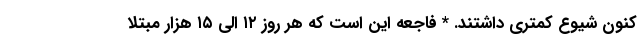
کنون شیوع کمتری داشتند. * فاجعه این است که هر روز ۱۲ الی ۱۵ هزار مبتلا